Subject: physics
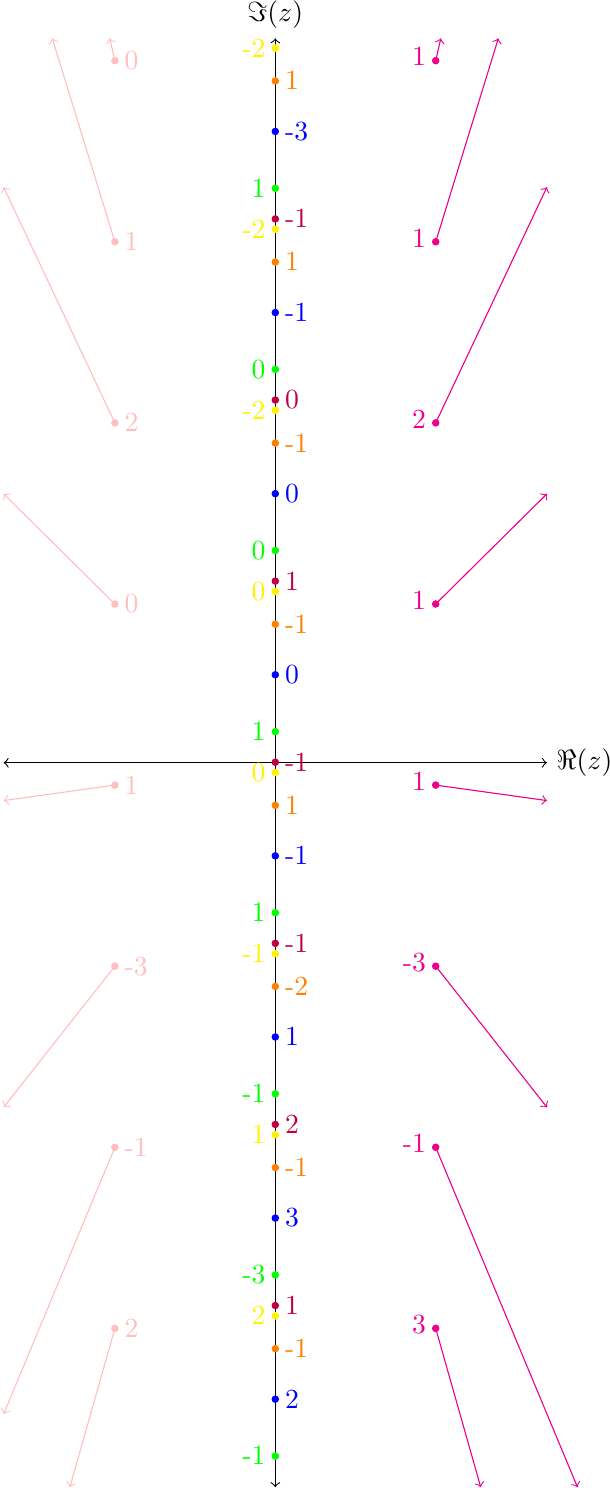
LaTeX code:
\begin{tikzpicture}[scale=2.3]

\draw[<->] (-1.5,0) -- (1.5,0) node[right] {$\Re(z)$};
\draw[<->] (0,-4) -- (0,4) node[above] {$\Im(z)$};

\foreach \y in {1-0.51413,2-0.51413,3-0.51413,4-0.51413}
{
    \filldraw[blue] (0,\y) circle (0.5pt);
}

\foreach \y in {-0.51413,-1-0.51413,-2-0.51413,-3-0.51413}
{
    \filldraw[blue] (0,\y) circle (0.5pt);
}

\draw[blue] (0,1-0.51413) node[right] {0};
\draw[blue] (0,2-0.51413) node[right] {0};
\draw[blue] (0,3-0.51413) node[right] {-1};
\draw[blue] (0,4-0.51413) node[right] {-3};

\draw[blue] (0,-0.51413) node[right] {-1};
\draw[blue] (0,-1.51413) node[right] {1};
\draw[blue] (0,-2.51413) node[right] {3};
\draw[blue] (0,-3.51413) node[right] {2};

\foreach \y in {0.17188,1+0.17188,2+0.17188,3+0.17188}
{
    \filldraw[green] (0,\y) circle (0.5pt);
}

\foreach \y in {-1+0.17188,-2+0.17188,-3+0.17188,-4+0.17188}
{
    \filldraw[green] (0,\y) circle (0.5pt);
}

\draw[green] (0,0.17188) node[left] {1};
\draw[green] (0,1+0.17188) node[left] {0};
\draw[green] (0,2+0.17188) node[left] {0};
\draw[green] (0,3+0.17188) node[left] {1};

\draw[green] (0,-1+0.17188) node[left] {1};
\draw[green] (0,-2+0.17188) node[left] {-1};
\draw[green] (0,-3+0.17188) node[left] {-3};
\draw[green] (0,-4+0.17188) node[left] {-1};

\foreach \y in {0.0029434,1+0.0029434,2+0.0029434,3+0.0029434}
{
    \filldraw[purple] (0,\y) circle (0.5pt);
}

\foreach \y in {-1+0.0029434,-2+0.0029434,-3+0.0029434}
{
    \filldraw[purple] (0,\y) circle (0.5pt);
}

\draw[purple] (0,0.0029434) node[right] {-1};
\draw[purple] (0,1+0.0029434) node[right] {1};
\draw[purple] (0,2+0.0029434) node[right] {0};
\draw[purple] (0,3+0.0029434) node[right] {-1};

\draw[purple] (0,-1+0.0029434) node[right] {-1};
\draw[purple] (0,-2+0.0029434) node[right] {2};
\draw[purple] (0,-3+0.0029434) node[right] {1};

\foreach \y in {1-0.23516,2-0.23516,3-0.23516,4-0.23516}
{
    \filldraw[orange] (0,\y) circle (0.5pt);
}

\foreach \y in {-0.23516,-1-0.23516,-2-0.23516,-3-0.23516}
{
    \filldraw[orange] (0,\y) circle (0.5pt);
}

\draw[orange] (0,1-0.23516) node[right] {-1};
\draw[orange] (0,2-0.23516) node[right] {-1};
\draw[orange] (0,3-0.23516) node[right] {1};
\draw[orange] (0,4-0.23516) node[right] {1};

\draw[orange] (0,-0.23516) node[right] {1};
\draw[orange] (0,-1-0.23516) node[right] {-2};
\draw[orange] (0,-2-0.23516) node[right] {-1};
\draw[orange] (0,-3-0.23516) node[right] {-1};

\foreach \y in {1-0.053934,2-0.053934,3-0.053934,4-0.053934}
{
    \filldraw[yellow] (0,\y) circle (0.5pt);
}

\foreach \y in {-0.053934,-1-0.053934,-2-0.053934,-3-0.053934}
{
    \filldraw[yellow] (0,\y) circle (0.5pt);
}

\draw[yellow] (0,1-0.053934) node[left] {0};
\draw[yellow] (0,2-0.053934) node[left] {-2};
\draw[yellow] (0,3-0.053934) node[left] {-2};
\draw[yellow] (0,4-0.053934) node[left] {-2};

\draw[yellow] (0,-0.053934) node[left] {0};
\draw[yellow] (0,-1-0.053934) node[left] {-1};
\draw[yellow] (0,-2-0.053934) node[left] {1};
\draw[yellow] (0,-3-0.053934) node[left] {2};

\foreach \y in {2.87670,3.87670}
{
    \filldraw[pink] (-25*0.035425,\y) circle (0.5pt);
    \draw[pink,->] (-25*0.035425,\y) -- (-100*0.035425/\y,4);
}

\foreach \y in {0.87670,1.87670}
{
    \filldraw[pink] (-25*0.035425,\y) circle (0.5pt);
    \draw[pink,->] (-25*0.035425,\y) -- (-1.5,\y*1.6937);
}

\foreach \y in {-3.12330}
{
    \filldraw[pink] (-25*0.035425,\y) circle (0.5pt);
    \draw[pink,->] (-25*0.035425,\y) -- (100*0.035425/\y,-4);
}

\foreach \y in {-0.12330,-1.12330,-2.12330}
{
    \filldraw[pink] (-25*0.035425,\y) circle (0.5pt);
    \draw[pink,->] (-25*0.035425,\y) -- (-1.5,\y*1.6937);
}

\draw[pink] (-25*0.035425,1-0.12330) node[right] {0};
\draw[pink] (-25*0.035425,2-0.12330) node[right] {2};
\draw[pink] (-25*0.035425,3-0.12330) node[right] {1};
\draw[pink] (-25*0.035425,4-0.12330) node[right] {0};

\draw[pink] (-25*0.035425,-0.12330) node[right] {1};
\draw[pink] (-25*0.035425,-1-0.12330) node[right] {-3};
\draw[pink] (-25*0.035425,-2-0.12330) node[right] {-1};
\draw[pink] (-25*0.035425,-3-0.12330) node[right] {2};

\foreach \y in {2.87670,3.87670}
{
    \filldraw[magenta] (25*0.035425,\y) circle (0.5pt);
    \draw[magenta,->] (25*0.035425,\y) -- (100*0.035425/\y,4);
}

\foreach \y in {0.87670,1.87670}
{
    \filldraw[magenta] (25*0.035425,\y) circle (0.5pt);
    \draw[magenta,->] (25*0.035425,\y) -- (1.5,\y*1.6937);
}

\foreach \y in {-2.12330,-3.12330}
{
    \filldraw[magenta] (25*0.035425,\y) circle (0.5pt);
    \draw[magenta,->] (25*0.035425,\y) -- (-100*0.035425/\y,-4);
}

\foreach \y in {-0.12330,-1.12330}
{
    \filldraw[magenta] (25*0.035425,\y) circle (0.5pt);
    \draw[magenta,->] (25*0.035425,\y) -- (1.5,\y*1.6937);
}

\draw[magenta] (25*0.035425,1+0.02-0.12330) node[left] {1};
\draw[magenta] (25*0.035425,2+0.02-0.12330) node[left] {2};
\draw[magenta] (25*0.035425,3+0.02-0.12330) node[left] {1};
\draw[magenta] (25*0.035425,4+0.02-0.12330) node[left] {1};

\draw[magenta] (25*0.035425,0.02-0.12330) node[left] {1};
\draw[magenta] (25*0.035425,0.02-1-0.12330) node[left] {-3};
\draw[magenta] (25*0.035425,0.02-2-0.12330) node[left] {-1};
\draw[magenta] (25*0.035425,0.02-3-0.12330) node[left] {3};

\end{tikzpicture}